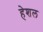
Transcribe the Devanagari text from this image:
हेशल